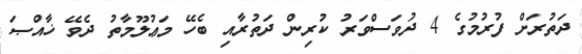
ދަތުރަށް ފުރުމުގެ 4 ދުވަސްވަރު ކުރިން ދަތުރާއި ބެހޭ މަޢުލޫމާތު ދެވޭ ޚާއްޞަ